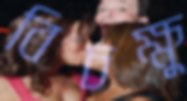
বিচক্ষু